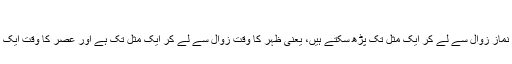
”(موطا امام مالک: ۸/۱ ح ۹)
اس کا مطلب یہ ہے کہ ظہر والی نماز زوال سے لے کر ایک مثل تک پڑھ سکتے ہیں، یعنی ظہر کا وقت زوال سے لے کر ایک مثل تک ہے اور عصر کا وقت ایک مثل سے لے کر دو مثل تک ہے ۔